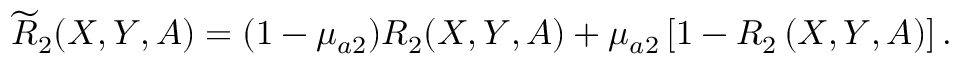
\widetilde { R } _ { 2 } ( X , Y , A ) = ( 1 - \mu _ { a 2 } ) R _ { 2 } ( X , Y , A ) + \mu _ { a 2 } \left[ 1 - R _ { 2 } \left( X , Y , A \right) \right] .